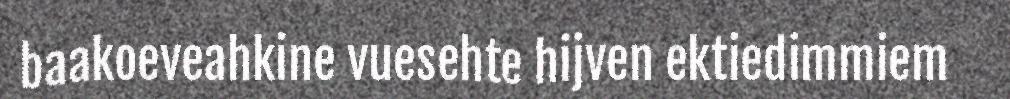
baakoeveahkine vuesehte hijven ektiedimmiem